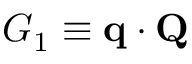
G _ { 1 } \equiv \mathbf { q } \cdot \mathbf { Q }